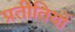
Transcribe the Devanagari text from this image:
प्रतीतियों